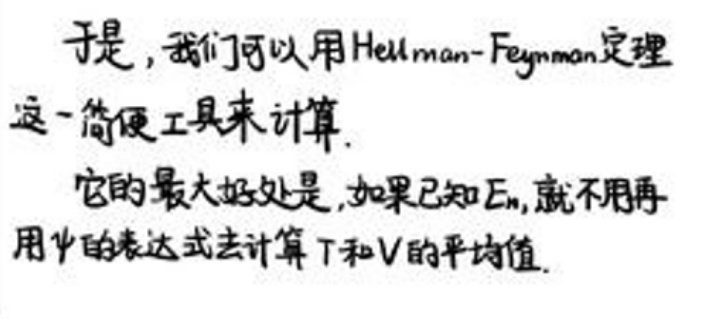
于是，我们可以用Hellman-Feynman定理这一简便工具来计算。

它的最大好处是，如果已知\(E_n\)，就不用再用\(\psi\)的表达式去计算\(T\)和\(V\)的平均值。